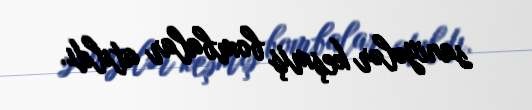
saniyələr keşmiş bombalar atıldı.